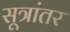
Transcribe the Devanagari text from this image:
सूत्रांतर